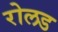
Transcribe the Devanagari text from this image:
रोलड